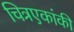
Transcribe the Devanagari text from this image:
चित्रएकांकी